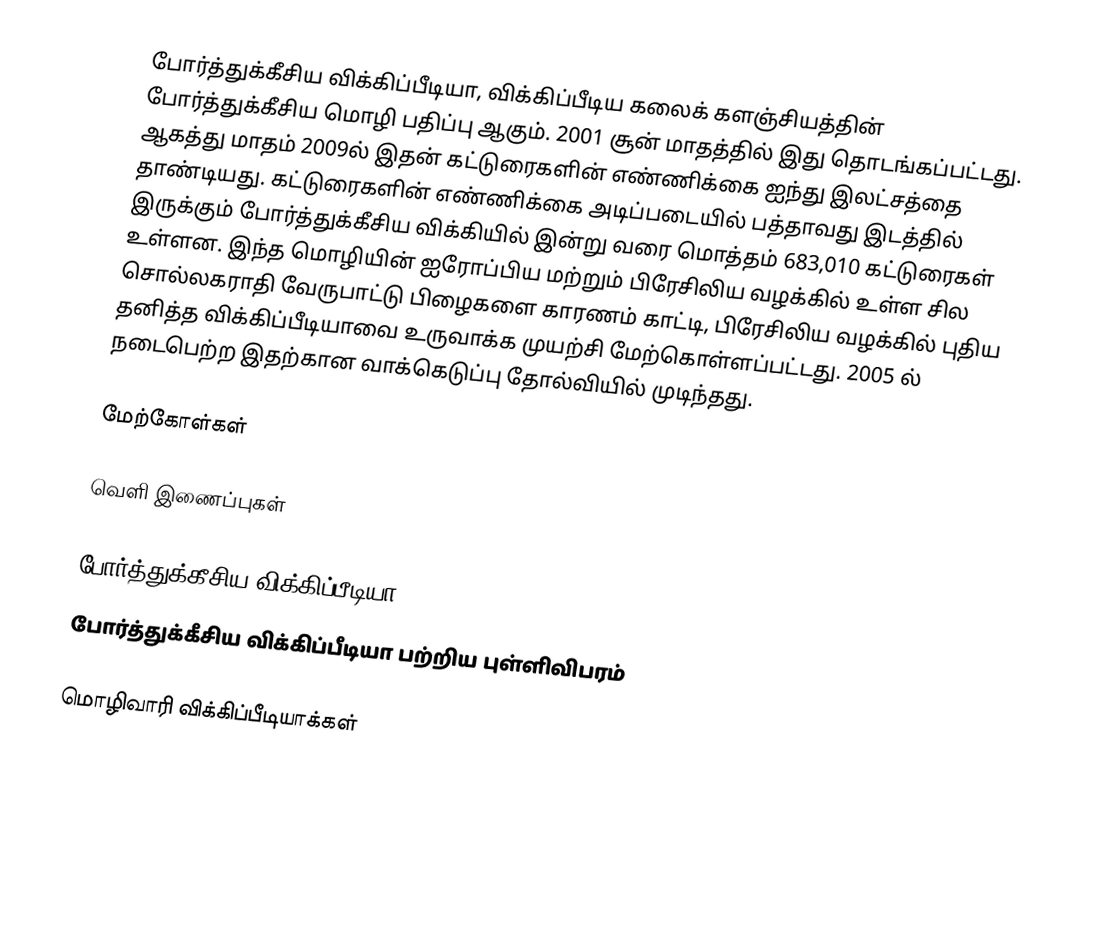
போர்த்துக்கீசிய விக்கிப்பீடியா, விக்கிப்பீடிய கலைக் களஞ்சியத்தின் போர்த்துக்கீசிய மொழி பதிப்பு ஆகும். 2001 சூன் மாதத்தில் இது தொடங்கப்பட்டது. ஆகத்து மாதம் 2009ல் இதன் கட்டுரைகளின் எண்ணிக்கை ஐந்து இலட்சத்தை தாண்டியது. கட்டுரைகளின் எண்ணிக்கை அடிப்படையில் பத்தாவது இடத்தில் இருக்கும் போர்த்துக்கீசிய விக்கியில் இன்று வரை மொத்தம் 683,010 கட்டுரைகள் உள்ளன. இந்த மொழியின் ஐரோப்பிய மற்றும் பிரேசிலிய வழக்கில் உள்ள சில சொல்லகராதி வேருபாட்டு பிழைகளை காரணம் காட்டி, பிரேசிலிய வழக்கில் புதிய தனித்த விக்கிப்பீடியாவை உருவாக்க முயற்சி மேற்கொள்ளப்பட்டது. 2005 ல் நடைபெற்ற இதற்கான வாக்கெடுப்பு தோல்வியில் முடிந்தது.

மேற்கோள்கள்

வெளி இணைப்புகள்

போர்த்துக்கீசிய விக்கிப்பீடியா
போர்த்துக்கீசிய விக்கிப்பீடியா பற்றிய புள்ளிவிபரம்

மொழிவாரி விக்கிப்பீடியாக்கள்